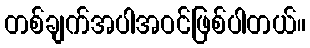
တစ်ချက်အပါအဝင်ဖြစ်ပါတယ်။